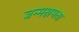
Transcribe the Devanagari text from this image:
जन्मक्षमता